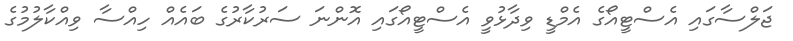
ޖަލްސާގައި އެސްޓީއޯގެ އެމްޑީ ވިދާޅުވީ އެސްޓީއޯގައި އޮންނަ ސަރުކާރުގެ ބައެއް ހިއްސާ ވިއްކާލުމުގެ